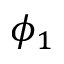
\phi _ { 1 }